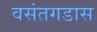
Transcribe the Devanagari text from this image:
वसंतगडास